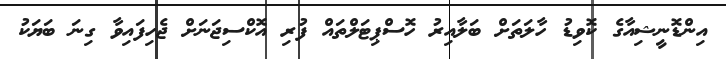
އިންޑޮނީޝިއާގެ ކޮވިޑު ހާލަތަށް ބަލާއިރު ހޮސްޕިޓަލްތައް ފުރި އޮކްސިޖަނަށް ޖެހިފައިވާ ގިނަ ބަޔަކު